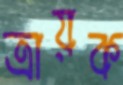
ত্রায়ক